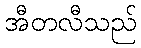
အီတလီသည်